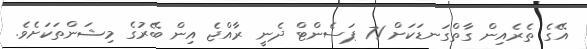
އޭގެ ތެރެއިން ގާތްގަނޑަކަށް 71 ޕަސެންޓް ދެނީ ރާއްޖެ އިން ބޭރުގެ މިޝަންތަކަށެވެ.